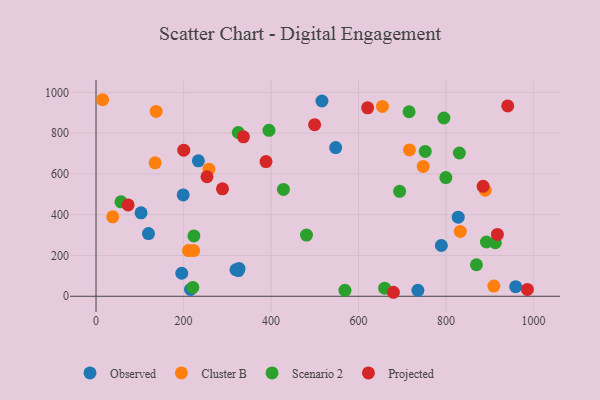
{"axis": {"x": "Price", "y": "Salary"}, "legend": ["Cluster B", "Observed", "Projected", "Scenario 2"], "data": [{"x": "233.9", "y": 664.1, "type": "Observed"}, {"x": "216.0", "y": 33.5, "type": "Observed"}, {"x": "959.1", "y": 47.2, "type": "Observed"}, {"x": "119.9", "y": 307.2, "type": "Observed"}, {"x": "547.7", "y": 729.1, "type": "Observed"}, {"x": "789.2", "y": 248.9, "type": "Observed"}, {"x": "325.2", "y": 126.1, "type": "Observed"}, {"x": "735.6", "y": 29.2, "type": "Observed"}, {"x": "827.7", "y": 387.9, "type": "Observed"}, {"x": "199.2", "y": 497.0, "type": "Observed"}, {"x": "102.9", "y": 409.1, "type": "Observed"}, {"x": "326.9", "y": 135.5, "type": "Observed"}, {"x": "196.0", "y": 112.8, "type": "Observed"}, {"x": "319.8", "y": 129.9, "type": "Observed"}, {"x": "516.3", "y": 957.3, "type": "Observed"}, {"x": "747.8", "y": 636.8, "type": "Cluster B"}, {"x": "716.3", "y": 717.7, "type": "Cluster B"}, {"x": "909.2", "y": 50.0, "type": "Cluster B"}, {"x": "38.1", "y": 389.4, "type": "Cluster B"}, {"x": "137.4", "y": 906.0, "type": "Cluster B"}, {"x": "832.5", "y": 317.9, "type": "Cluster B"}, {"x": "258.0", "y": 622.9, "type": "Cluster B"}, {"x": "889.5", "y": 519.8, "type": "Cluster B"}, {"x": "211.3", "y": 223.9, "type": "Cluster B"}, {"x": "15.1", "y": 963.6, "type": "Cluster B"}, {"x": "135.1", "y": 654.1, "type": "Cluster B"}, {"x": "223.1", "y": 224.1, "type": "Cluster B"}, {"x": "654.6", "y": 930.7, "type": "Cluster B"}, {"x": "892.2", "y": 266.1, "type": "Scenario 2"}, {"x": "869.4", "y": 154.4, "type": "Scenario 2"}, {"x": "325.1", "y": 803.0, "type": "Scenario 2"}, {"x": "481.0", "y": 300.1, "type": "Scenario 2"}, {"x": "57.0", "y": 463.1, "type": "Scenario 2"}, {"x": "912.5", "y": 262.5, "type": "Scenario 2"}, {"x": "223.7", "y": 295.7, "type": "Scenario 2"}, {"x": "830.4", "y": 702.3, "type": "Scenario 2"}, {"x": "752.4", "y": 710.0, "type": "Scenario 2"}, {"x": "795.0", "y": 873.9, "type": "Scenario 2"}, {"x": "659.6", "y": 39.7, "type": "Scenario 2"}, {"x": "395.2", "y": 813.8, "type": "Scenario 2"}, {"x": "799.5", "y": 581.8, "type": "Scenario 2"}, {"x": "693.8", "y": 514.3, "type": "Scenario 2"}, {"x": "221.2", "y": 43.2, "type": "Scenario 2"}, {"x": "428.3", "y": 523.8, "type": "Scenario 2"}, {"x": "568.9", "y": 28.9, "type": "Scenario 2"}, {"x": "715.5", "y": 904.7, "type": "Scenario 2"}, {"x": "940.9", "y": 933.3, "type": "Projected"}, {"x": "388.5", "y": 660.4, "type": "Projected"}, {"x": "289.0", "y": 526.9, "type": "Projected"}, {"x": "336.9", "y": 781.5, "type": "Projected"}, {"x": "620.7", "y": 924.0, "type": "Projected"}, {"x": "884.6", "y": 539.0, "type": "Projected"}, {"x": "253.6", "y": 586.0, "type": "Projected"}, {"x": "499.6", "y": 841.1, "type": "Projected"}, {"x": "917.3", "y": 303.2, "type": "Projected"}, {"x": "679.6", "y": 19.5, "type": "Projected"}, {"x": "200.5", "y": 716.3, "type": "Projected"}, {"x": "985.8", "y": 33.5, "type": "Projected"}, {"x": "73.4", "y": 447.8, "type": "Projected"}]}